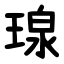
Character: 瑔